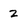
Character: 2